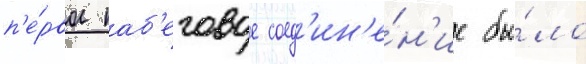
п'е́рвое наб'еговое соед'ин'е́н'ие бы́ло